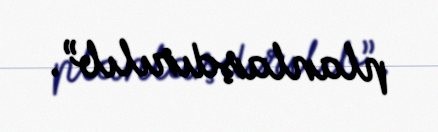
planlaşdırılıb”.